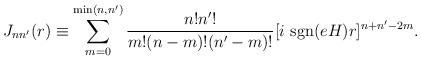
LaTeX: \begin{align*}J_{nn'}(r) \equiv \sum_{m=0}^{{\rm min} (n,n')} \frac{n! n'!}{m! (n-m)!(n'-m)!} [i~{\rm sgn}(eH)r]^{n+n'-2m}.\end{align*}